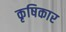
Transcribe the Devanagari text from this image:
कृषिकार